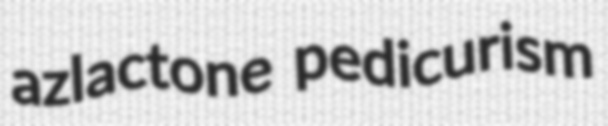
azlactone pedicurism